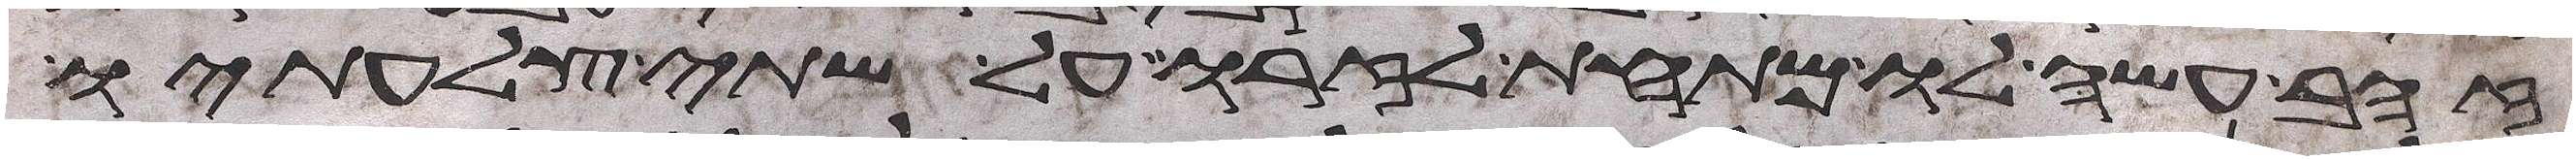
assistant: זהב עשה לו מתחת לזרו על שתי צלעתיו